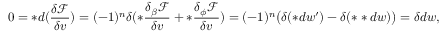
0 = \ast d ( \frac { \delta \mathcal { F } } { \delta v } ) = ( - 1 ) ^ { n } \delta ( \ast \frac { \delta _ { \beta } \mathcal { F } } { \delta v } + \ast \frac { \delta _ { \phi } \mathcal { F } } { \delta v } ) = ( - 1 ) ^ { n } \big ( \delta ( \ast d w ^ { \prime } ) - \delta ( \ast \ast d w ) \big ) = \delta d w ,